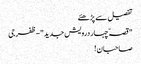
تفصیل سے پڑھئے
" قصہّ چہار درویش جدید"-ظفرجی
صاحبان !